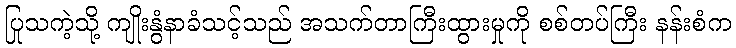
ပြုသကဲ့သို့ ကျိုးနွံနာခံသင့်သည် အသက်တာကြီးထွားမှုကို စစ်တပ်ကြီး နန်းစံက